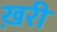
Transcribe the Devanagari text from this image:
ख़री